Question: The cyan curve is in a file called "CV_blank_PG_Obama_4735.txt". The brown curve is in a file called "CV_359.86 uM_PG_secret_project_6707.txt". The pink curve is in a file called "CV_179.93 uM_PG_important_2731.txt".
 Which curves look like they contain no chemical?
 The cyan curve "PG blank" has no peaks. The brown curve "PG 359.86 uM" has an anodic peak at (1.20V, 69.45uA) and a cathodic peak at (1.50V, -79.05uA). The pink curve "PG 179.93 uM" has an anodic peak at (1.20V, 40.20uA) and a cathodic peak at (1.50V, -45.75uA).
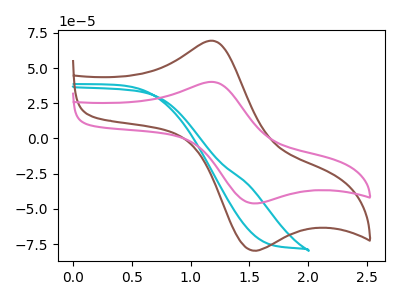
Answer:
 <answer>"PG blank" is likely to be a blank.</answer>
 <eval>PG blank</eval>